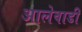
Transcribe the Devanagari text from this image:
आलेवाडी